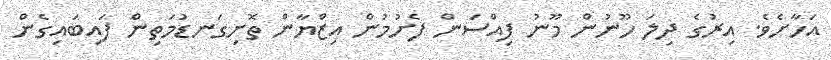
އަހާށެވެ. އިރުގެ ދިލަ ހޫނުން މޫނު ފިއްސަން ފެށުމުން އިޒްޔާން ތޮށިގަނޑުމަތިން ފައިބައިގެން